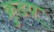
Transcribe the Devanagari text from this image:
क्रुडप